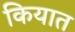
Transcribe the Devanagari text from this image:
कियात